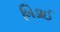
બિડાઈ